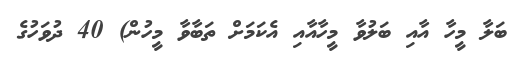
ބަލާ މީހާ އާއި ބަލުވާ މީހާއާއި އެކަމަށް ތަބާވާ މީހުން) 40 ދުވަހުގެ